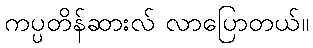
ကပ္ပတိန်ဆားလ် လာပြောတယ်။